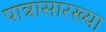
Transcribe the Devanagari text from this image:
पात्रासारख्या